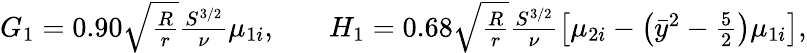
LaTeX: \begin{array}{rlr}{G_{1}=0.90\sqrt{\frac{R}{r}}\frac{S^{3/2}}{\nu}\mu_{1i},}&{{}}&{H_{1}=0.68\sqrt{\frac{R}{r}}\frac{S^{3/2}}{\nu}\left[\mu_{2i}-\left(\bar{y}^{2}-\frac{5}{2}\right)\mu_{1i}\right],}\end{array}